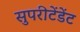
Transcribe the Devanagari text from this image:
सुपरीटेंडेंट